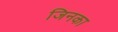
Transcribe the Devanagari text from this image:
जिनका